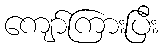
ကျော်ကြားပြီး